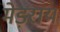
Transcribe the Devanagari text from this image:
मेड़राय